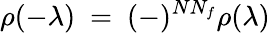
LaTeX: \rho(-\lambda)~=~(-)^{NN_{f}}\rho(\lambda)